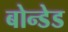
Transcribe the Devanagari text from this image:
बोन्‍डेड